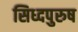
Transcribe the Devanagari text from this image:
सिध्दपुरुष